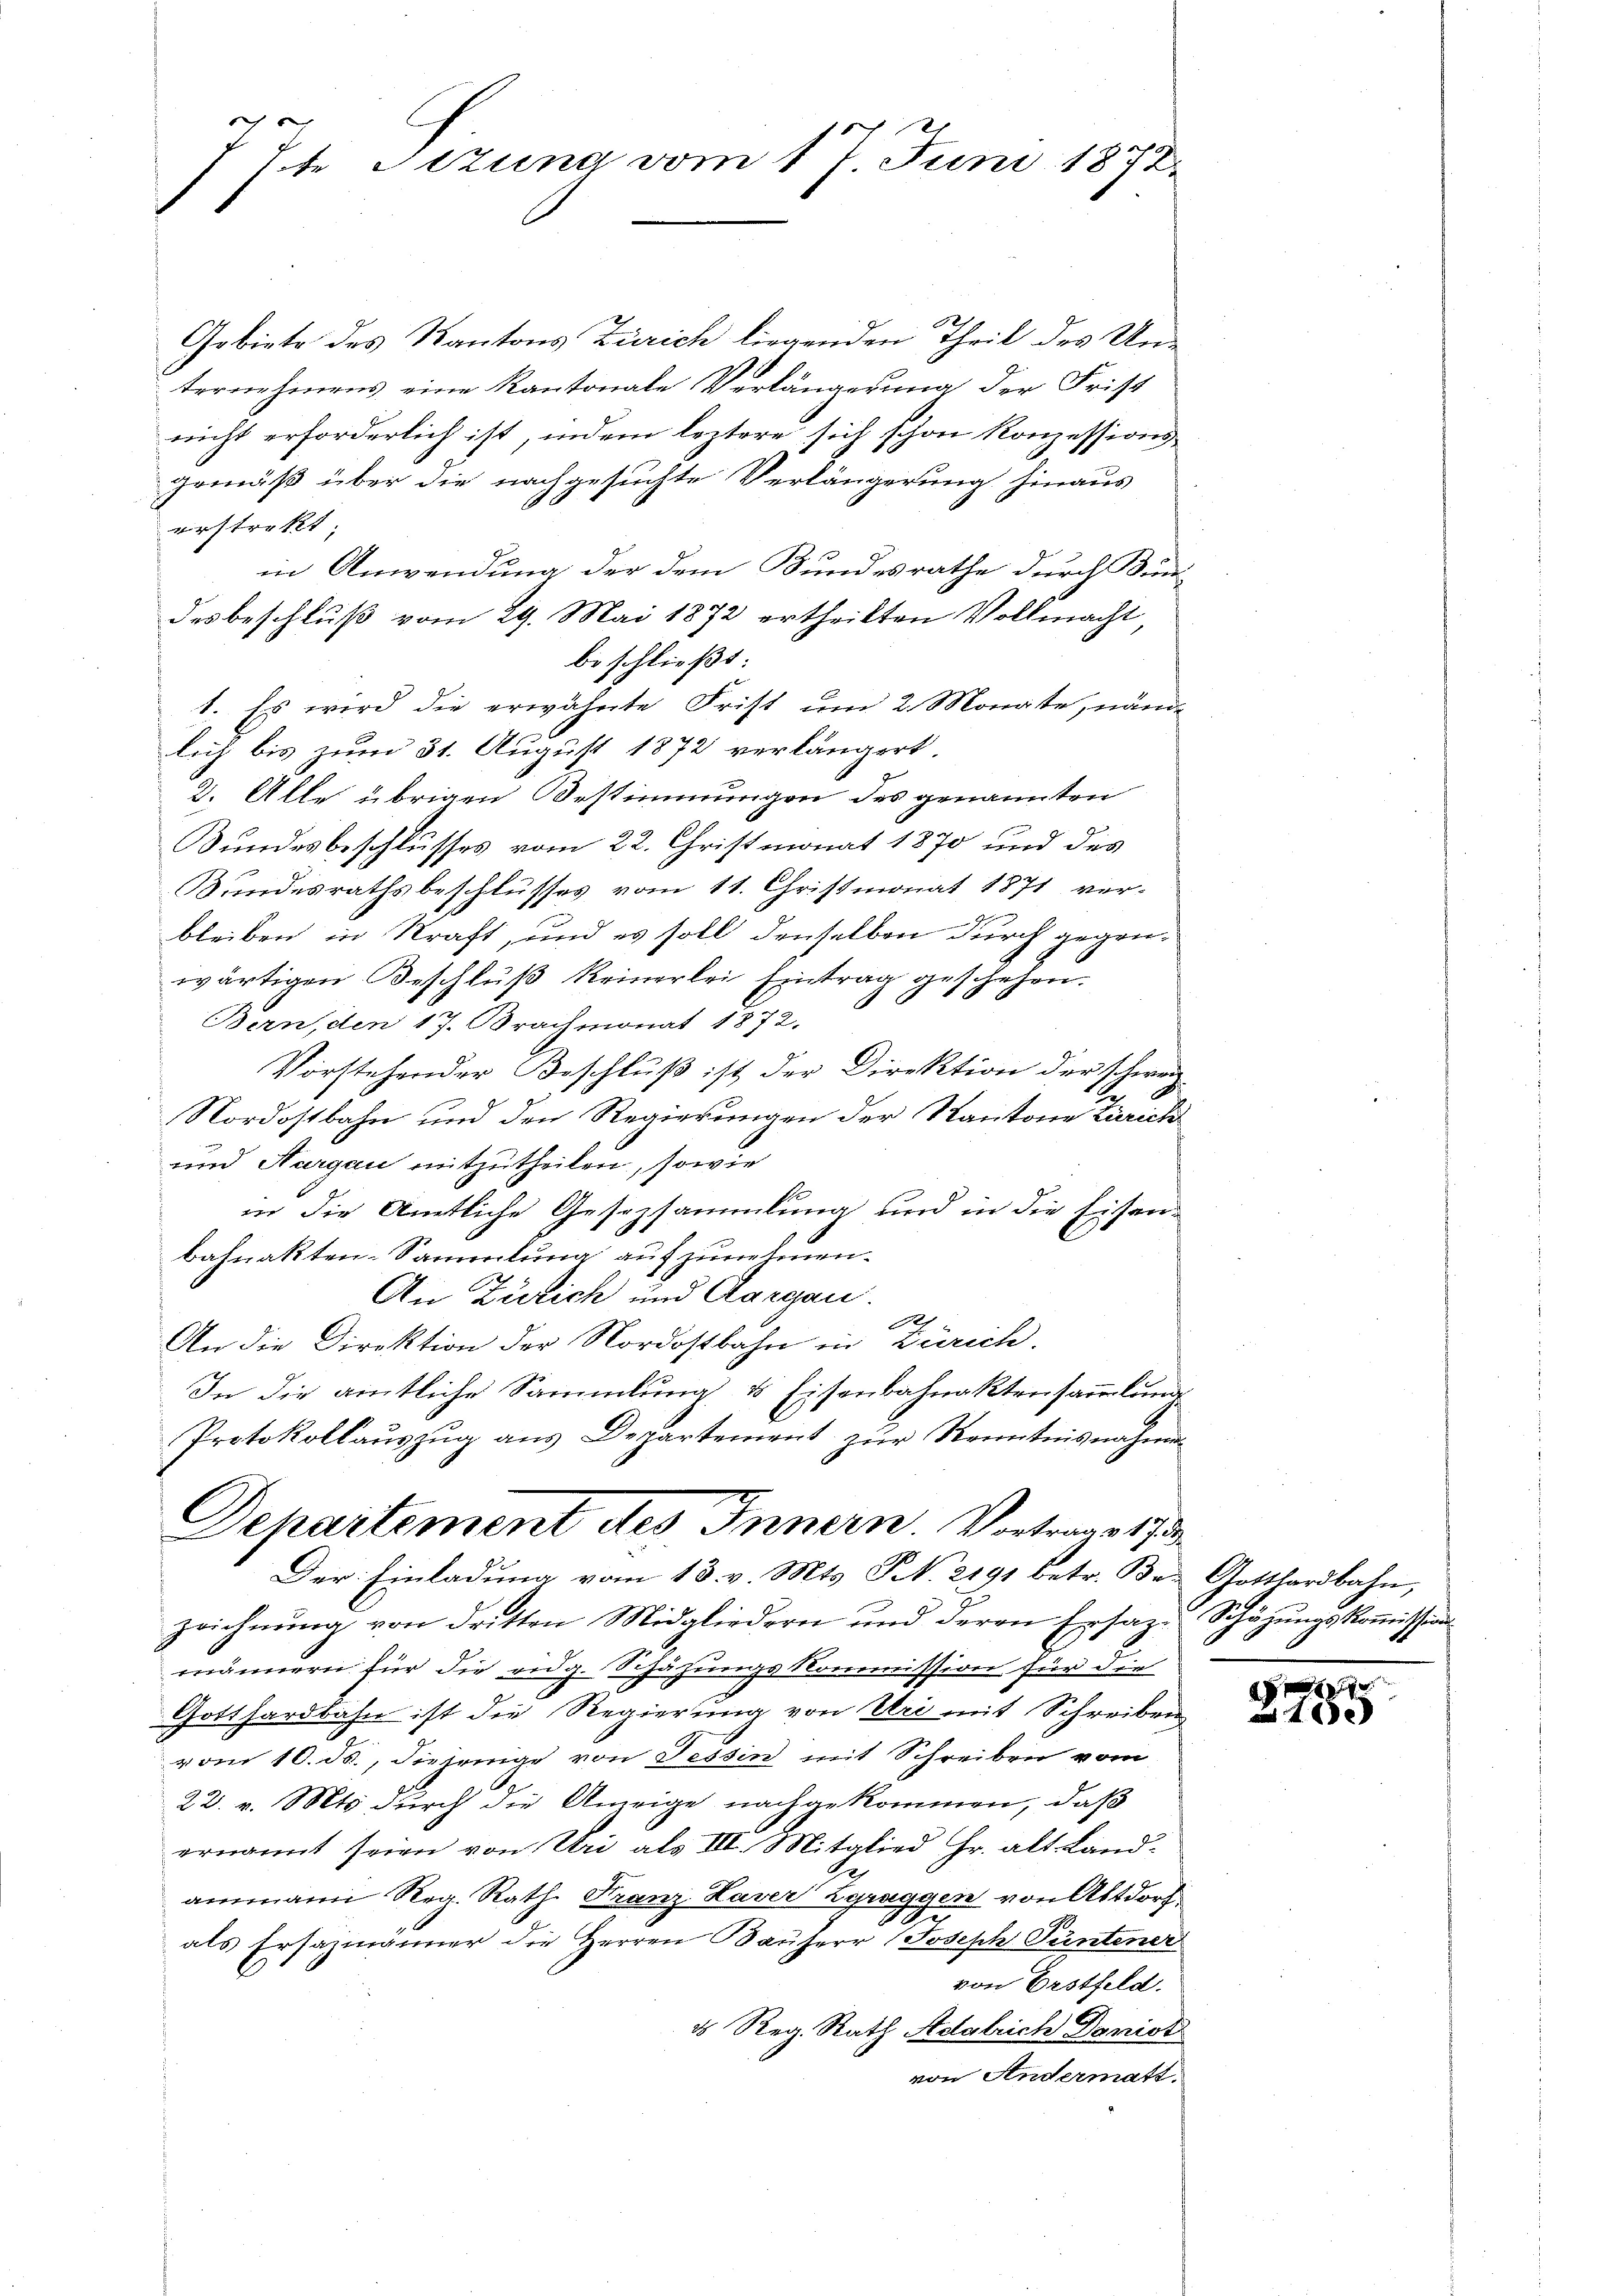
77t Sizung vom 17 Juni 1872.

Gebiete des Kantons Zürich liegenden Theil des Un-
.
ternehmens eine Kantonale Verlängerung der Frist
nicht erforderlich ist, indem leztere sich schon Konzessionsgemäß über die nachgesuchte Verlängerung hinaus
erstrakt
in Anwendung der dem Bundesrathe durch Bundesbeschluß vom 29. Mai 1872 ertheilten Vollmacht,
beschließt:
1. Es wird die erwähnte Frist um 2 Monate, nände
lich bis zum 31. August 1872 verlängert.
2. Alle übrigen Bestimmungen des genannten
Bundesbeschlusses vom 22. Christmonat 1870 und des
Bundesrathsbeschlusses vom 11. Christmonat 1871 ver-
3
bleiben in Kraft, und es soll denselben durch gegenwärtigen Beschluß keinerlei Eintrag geschehen.
Bern, den 17. Brachmonat 1872.
Vorstehender Beschluß ist der Direktion der schwaz
s
Nordostbahn und den Regierungen der Kantone Zürich
und Aargau mitzutheilen, sowie
in die Amtliche Gesezsammlung und in die Eisen-
bahnakten-Sammlung aufzunehmen.
An Zürich und Aargau.
e
An die Direktion der Nordostbahn in Zürich.
In die amtliche Sammlung & Eisenbahnaktensammlung
Protokollauszug aus Departement zur Kenntnisnahmen
Dehartement des Innern. Vortrage 1733
Der Einladung vom 13. v. Mts. S. 2191 betr. Be- Gotthardbahn,
zeichnŭng von dritten Mitgliedern und deren Ersaz. Schäzŭngskoṁission
männern für die eidg. Schäzungskommission für die
Gotthardbahn ist die Regierung von Uri mit Schreiben
vom 10. ds., diejenige von Tessin mit Schreiben vom
22. v. Mts. durch die Anzeige nachgekommen, daß
ernannt seien von Uri als III. Mitglied Hr. alt Land-
ammann Reg. Rath. Franz Laver Zgraggen von Altdorf
u
als Ersäzmänner die Herren Bauherr Joseph Püntener
von Erstfeld.
es Reg. Rath Adalrich Donist
von Andermatt.

9